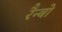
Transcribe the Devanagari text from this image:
रैन्बो